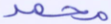
محمد